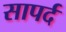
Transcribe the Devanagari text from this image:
सापर्द